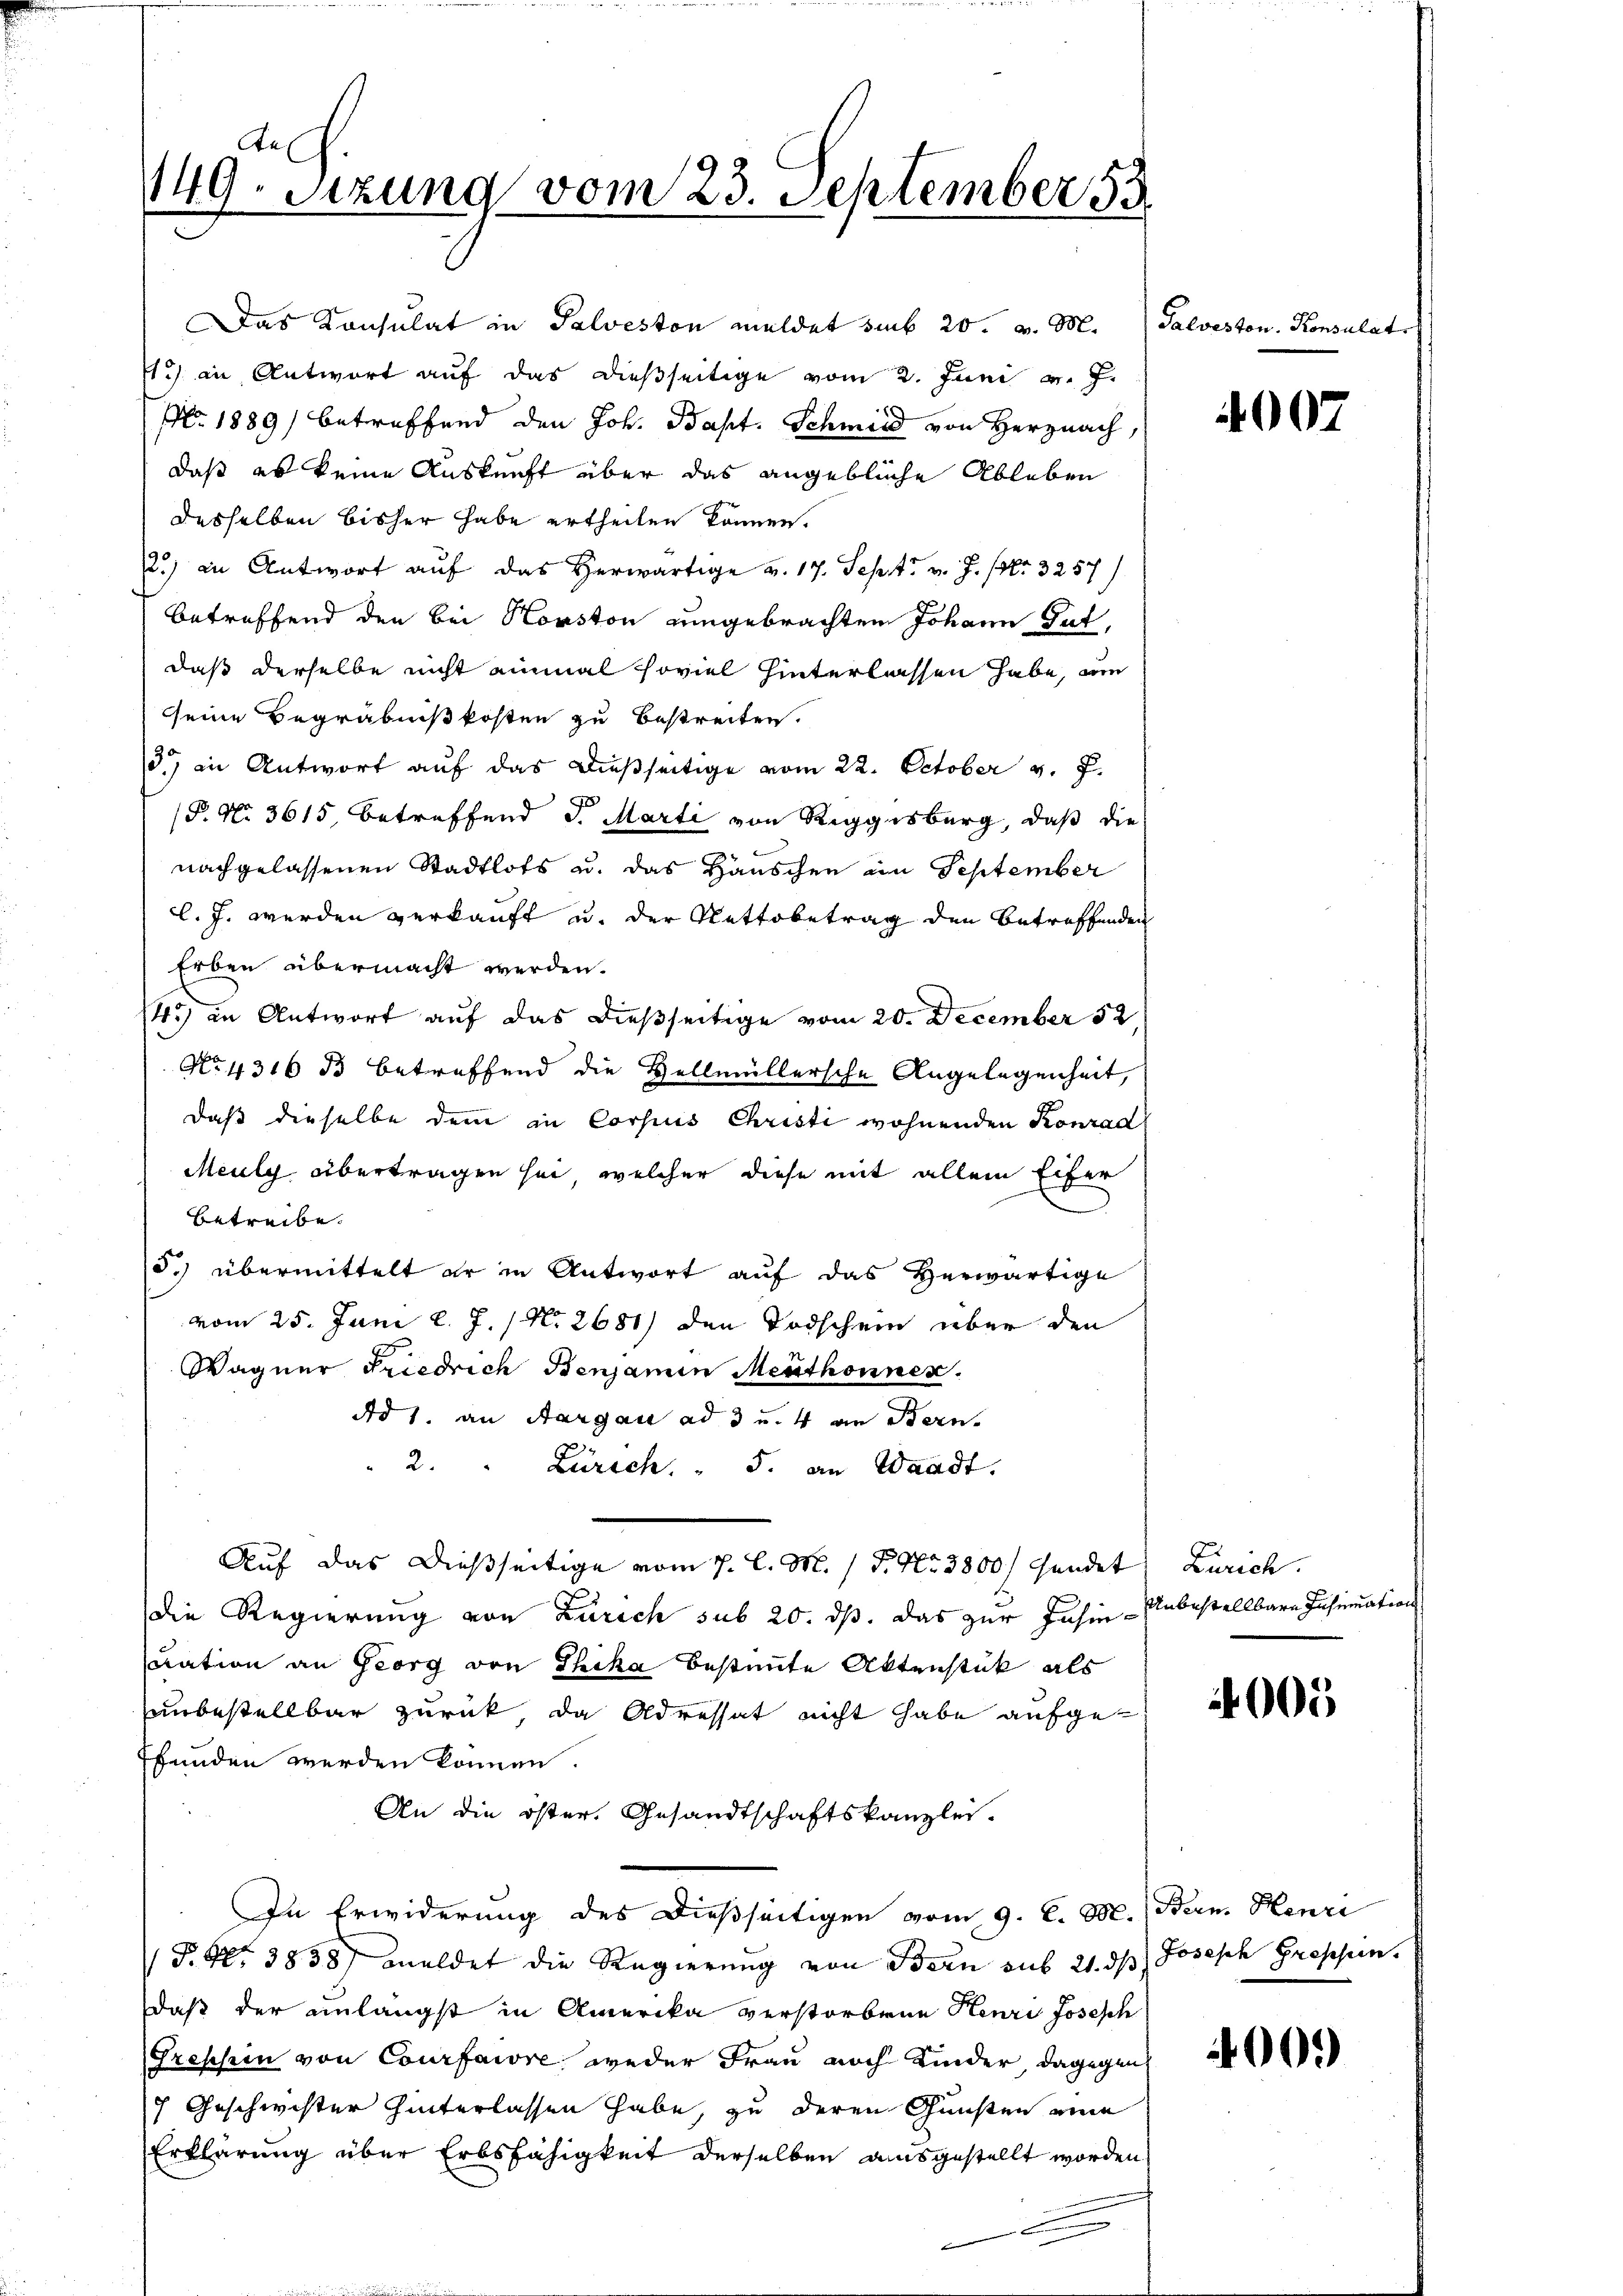
n
149. Sitzung vom 23. September 153.

1.) an Antwort auf das dießseitige vom 2. Juni v. J.
No. 1889 betreffend den Joh. Bapt. Schmied von Herznach,
daß es keine Auskunft über das angebliche Ableben
desselben bisher habe ertheilen können.
.) in Antwort auf das Herwärtige v. 17. Sept. v. J. Nr. 3257)
betreffend den bei Horston angebrachten Johann Gut,
daß derselbe nicht einmal soviel hinterlassen habe, um
seine Begräbnißkosten zu bestreiten.
.) in Antwort auf das dießseitige vom 22. October v. J.
P. N. 3615 betreffend d. Marti von Reggisburg, daß die
nachgelassenen Stadtlots u. das Häuschen im September
l. J. werden verkauft u. der Nettobetrag den betreffenden
Erben übermacht werden.
4) in Antwort auf das dießseitige vom 20. December 52
No 4316 3 betreffend die Hellmüllersche Angelegenheit,
daß dieselbe dem in Corpus Christi wohnenden Konrad
Meuly übertragen sei, welcher diese mit allem Eifer
betreibe.
15.) übermittelt er in Antwort auf das Herwärtige
vom 25. Juni l. J. / No 2681) den Todschein über den
Wagner Friedrich Benjamin Menthonnen.
Ad 1. an Aargau ad 3 u. 4 an Bern
2.
Zürich. - 5. an Waadt.
Auf das dießseitige vom 7. l. M. 1 S. Nr. 3800/ sendet, Zürich.
die Regierung von Zürich sub 20. ds. das zur Jahin - Unbestellbare Insumation
cation an Georg von Thika bestimte Aktenstück als
unbestellbar zurück, da Adressat nicht habe aufge¬
Efunden werden können.
An die öster, Gesandtschaftskanzlei.
In Erwiderung des dießseitigen vom 9. C. M. (Bun Henri
P. Nr. 3838) meldet die Regierung von Bern aus 21. ds Joseph Grossin.
daß der unlängst in Amerika verstorbene Henri Joseph
(Groschein von Courfarre weder Frau noch Kinder dagegen
7 Geschwister hinterlassen habe, zu deren Gunsten eine
Erklärung über Erbsfähigkeit derselben ausgestellt worden
.

Das Konsulat in Palveston meldet sub 20. v. M. (Salveston. Konsulat

4007

4005

400.